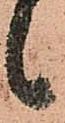
候